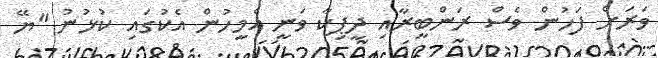
ވަރަށް ފަހުން ވެސް ރަންބީރާއި ދީޕިކާ ވަނީ އެމީހުން އެކުގައި ކުޅުނު "ޔޭ